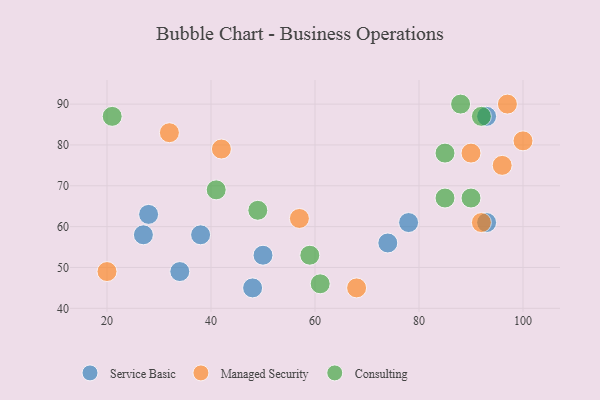
{"axis": {"x": "GDP", "y": "Life Expectancy"}, "legend": ["Consulting", "Managed Security", "Service Basic"], "data": [{"x": "93", "y": 61, "type": "Service Basic"}, {"x": "38", "y": 58, "type": "Service Basic"}, {"x": "34", "y": 49, "type": "Service Basic"}, {"x": "74", "y": 56, "type": "Service Basic"}, {"x": "28", "y": 63, "type": "Service Basic"}, {"x": "93", "y": 87, "type": "Service Basic"}, {"x": "27", "y": 58, "type": "Service Basic"}, {"x": "48", "y": 45, "type": "Service Basic"}, {"x": "50", "y": 53, "type": "Service Basic"}, {"x": "78", "y": 61, "type": "Service Basic"}, {"x": "100", "y": 81, "type": "Managed Security"}, {"x": "96", "y": 75, "type": "Managed Security"}, {"x": "97", "y": 90, "type": "Managed Security"}, {"x": "20", "y": 49, "type": "Managed Security"}, {"x": "68", "y": 45, "type": "Managed Security"}, {"x": "42", "y": 79, "type": "Managed Security"}, {"x": "92", "y": 61, "type": "Managed Security"}, {"x": "90", "y": 78, "type": "Managed Security"}, {"x": "32", "y": 83, "type": "Managed Security"}, {"x": "57", "y": 62, "type": "Managed Security"}, {"x": "49", "y": 64, "type": "Consulting"}, {"x": "59", "y": 53, "type": "Consulting"}, {"x": "61", "y": 46, "type": "Consulting"}, {"x": "88", "y": 90, "type": "Consulting"}, {"x": "92", "y": 87, "type": "Consulting"}, {"x": "90", "y": 67, "type": "Consulting"}, {"x": "85", "y": 67, "type": "Consulting"}, {"x": "85", "y": 78, "type": "Consulting"}, {"x": "41", "y": 69, "type": "Consulting"}, {"x": "21", "y": 87, "type": "Consulting"}]}